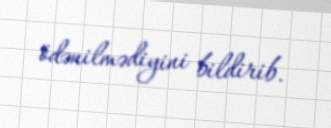
ödənilmədiyini bildirib.